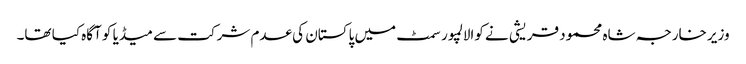
وزیر خارجہ شاہ محمود قریشی نے کوالالمپور سمٹ میں پاکستان کی عدم شرکت سے میڈیا کو آگاہ کیا تھا۔